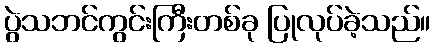
ပွဲသဘင်ကွင်းကြီးတစ်ခု ပြုလုပ်ခဲ့သည်။